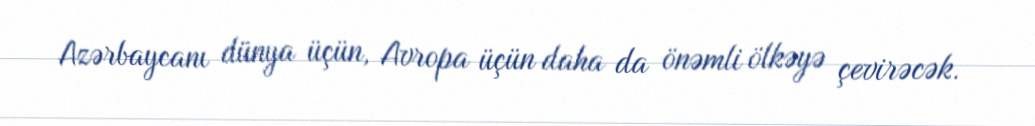
Azərbaycanı dünya üçün, Avropa üçün daha da önəmli ölkəyə çevirəcək.